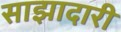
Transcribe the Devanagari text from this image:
साझादारी